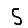
Digit: 5